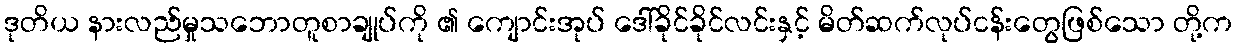
ဒုတိယ နားလည်မှုသဘောတူစာချုပ်ကို ၏ ကျောင်းအုပ် ဒေါ်ခိုင်ခိုင်လင်းနှင့် မိတ်ဆက်လုပ်ငန်းတွေဖြစ်သော တို့က